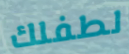
لطفلك